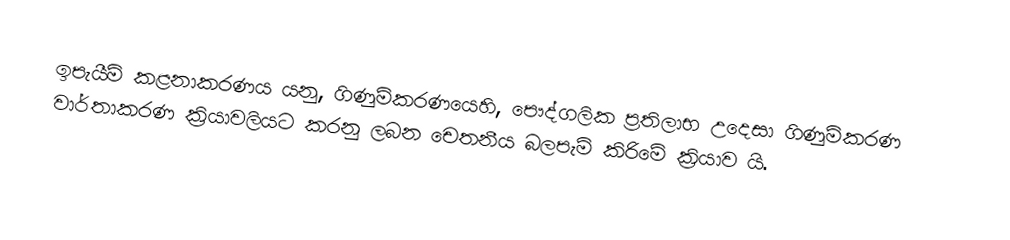
ඉපැයීම් කළනාකරණය යනු, ගිණුම්කරණයෙහි, පෞද්ගලික ප්‍රතිලාභ උදෙසා ගිණුම්කරණ වාර්තාකරණ ක්‍රියාවලියට කරනු ලබන චෙතනීය බලපැම් කිරිමේ ක්‍රියාව යි.